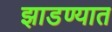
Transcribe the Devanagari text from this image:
झाडण्यात